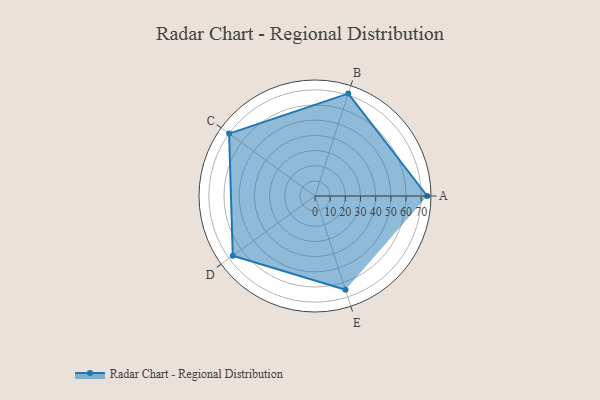
{"axis": {"x": "Skill", "y": "Score"}, "legend": ["Profile"], "data": [{"x": "A", "y": 74.0, "type": "Profile"}, {"x": "B", "y": 71.0, "type": "Profile"}, {"x": "C", "y": 70.0, "type": "Profile"}, {"x": "D", "y": 67.0, "type": "Profile"}, {"x": "E", "y": 65.0, "type": "Profile"}]}